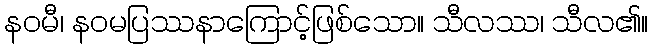
နဝမီ၊ နဝမပြဿနာကြောင့်ဖြစ်သော။ သီလဿ၊ သီလ၏။